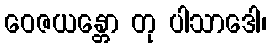
ဝေဇယန္တော တု ပါသာဒေါ၊